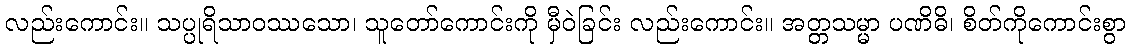
လည်းကောင်း။ သပ္ပုရိသာဝဿသော၊ သူတော်ကောင်းကို မှီဝဲခြင်း လည်းကောင်း။ အတ္တသမ္မာ ပဏိဓိ၊ စိတ်ကိုကောင်းစွာ